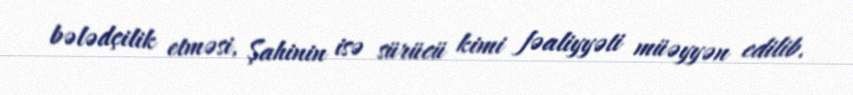
bələdçilik etməsi, Şahinin isə sürücü kimi fəaliyyəti müəyyən edilib.